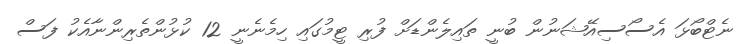
ނެޓްބޯޅަ އެސޯސިއޭޝަނުން ބުނީ ތައިލެންޑަށް ފުރި ޓީމުގައި ހިމެނެނީ 12 ކުޅުންތެރިންނާއެކު ފަސް